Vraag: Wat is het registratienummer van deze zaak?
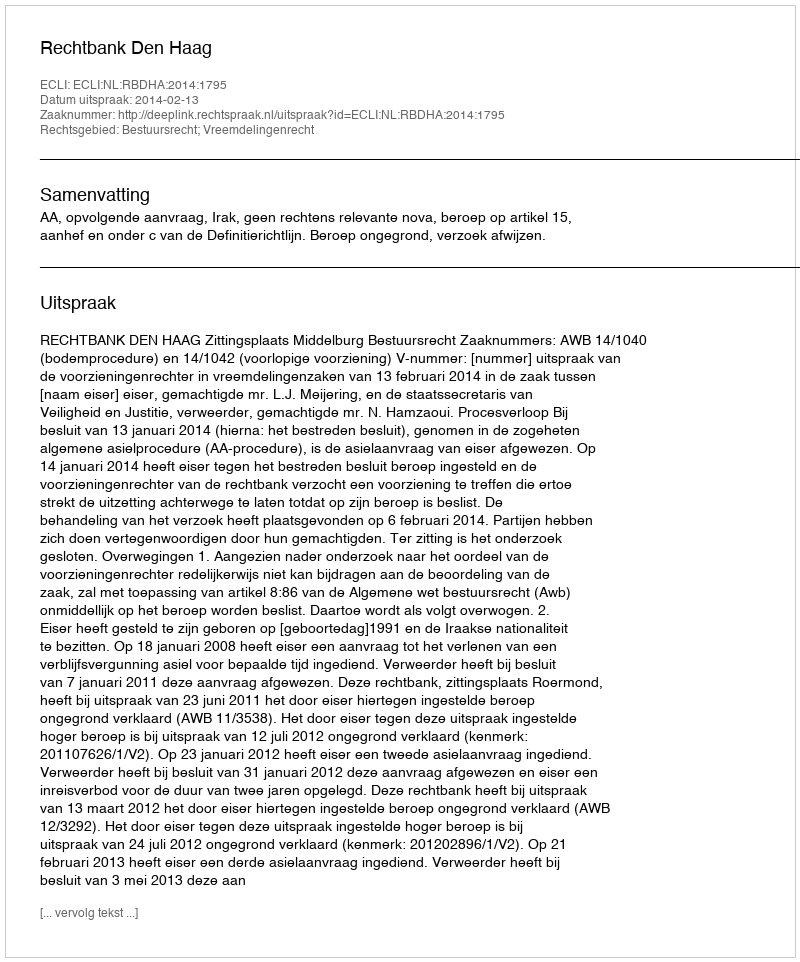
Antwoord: http://deeplink.rechtspraak.nl/uitspraak?id=ECLI:NL:RBDHA:2014:1795